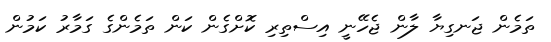
ތަމެން ޖަނގިޔާ ލާން ޖެހޭނީ އިސްތިރި ކޮށްގެން ކަން ތަމެންގެ ގަމާރު ކަމުން